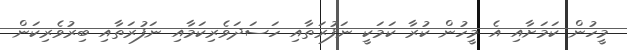
މީހުން ކަމަށާއި އެ މީހުން ކުރާ ކަމަކީ ނަފުރަތާއި ހަސަދަވެރިކަމާއި ނަފުރަތާއި ބިރުވެރިކަން